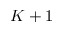
K + 1